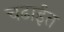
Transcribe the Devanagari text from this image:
चढाईत